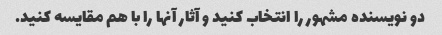
دو نویسنده مشهور را انتخاب کنید و آثار آنها را با هم مقایسه کنید.